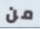
من